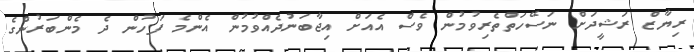
ރިޔާޒް ރަޝީދަށް ނަސޭހަތްތެރިވުމުން ވެސް އެއަށް އިޖާބަނުދެއްވުމުން އެންމެ ފަހުން ދެ މެންބަރުންގެ